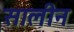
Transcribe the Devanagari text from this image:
सालीन